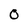
Character: O